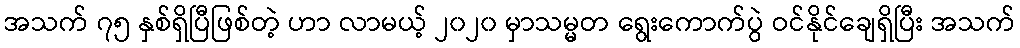
အသက် ၇၅ နှစ်ရှိပြီဖြစ်တဲ့ ဟာ လာမယ့် ၂၀၂၀ မှာသမ္မတ ရွေးကောက်ပွဲ ဝင်နိုင်ချေရှိပြီး အသက်